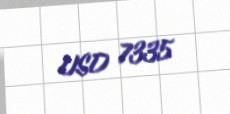
USD 7335